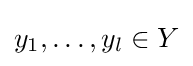
y_{1},\dots ,y_{l}\in Y